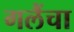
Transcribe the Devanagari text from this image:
गलैंचा